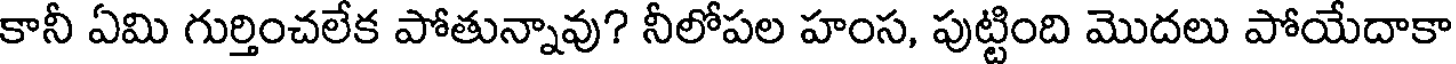
కానీ ఏమి గుర్తించలేక పోతున్నావు? నీలోపల హంస, పుట్టింది మొదలు పోయేదాకా